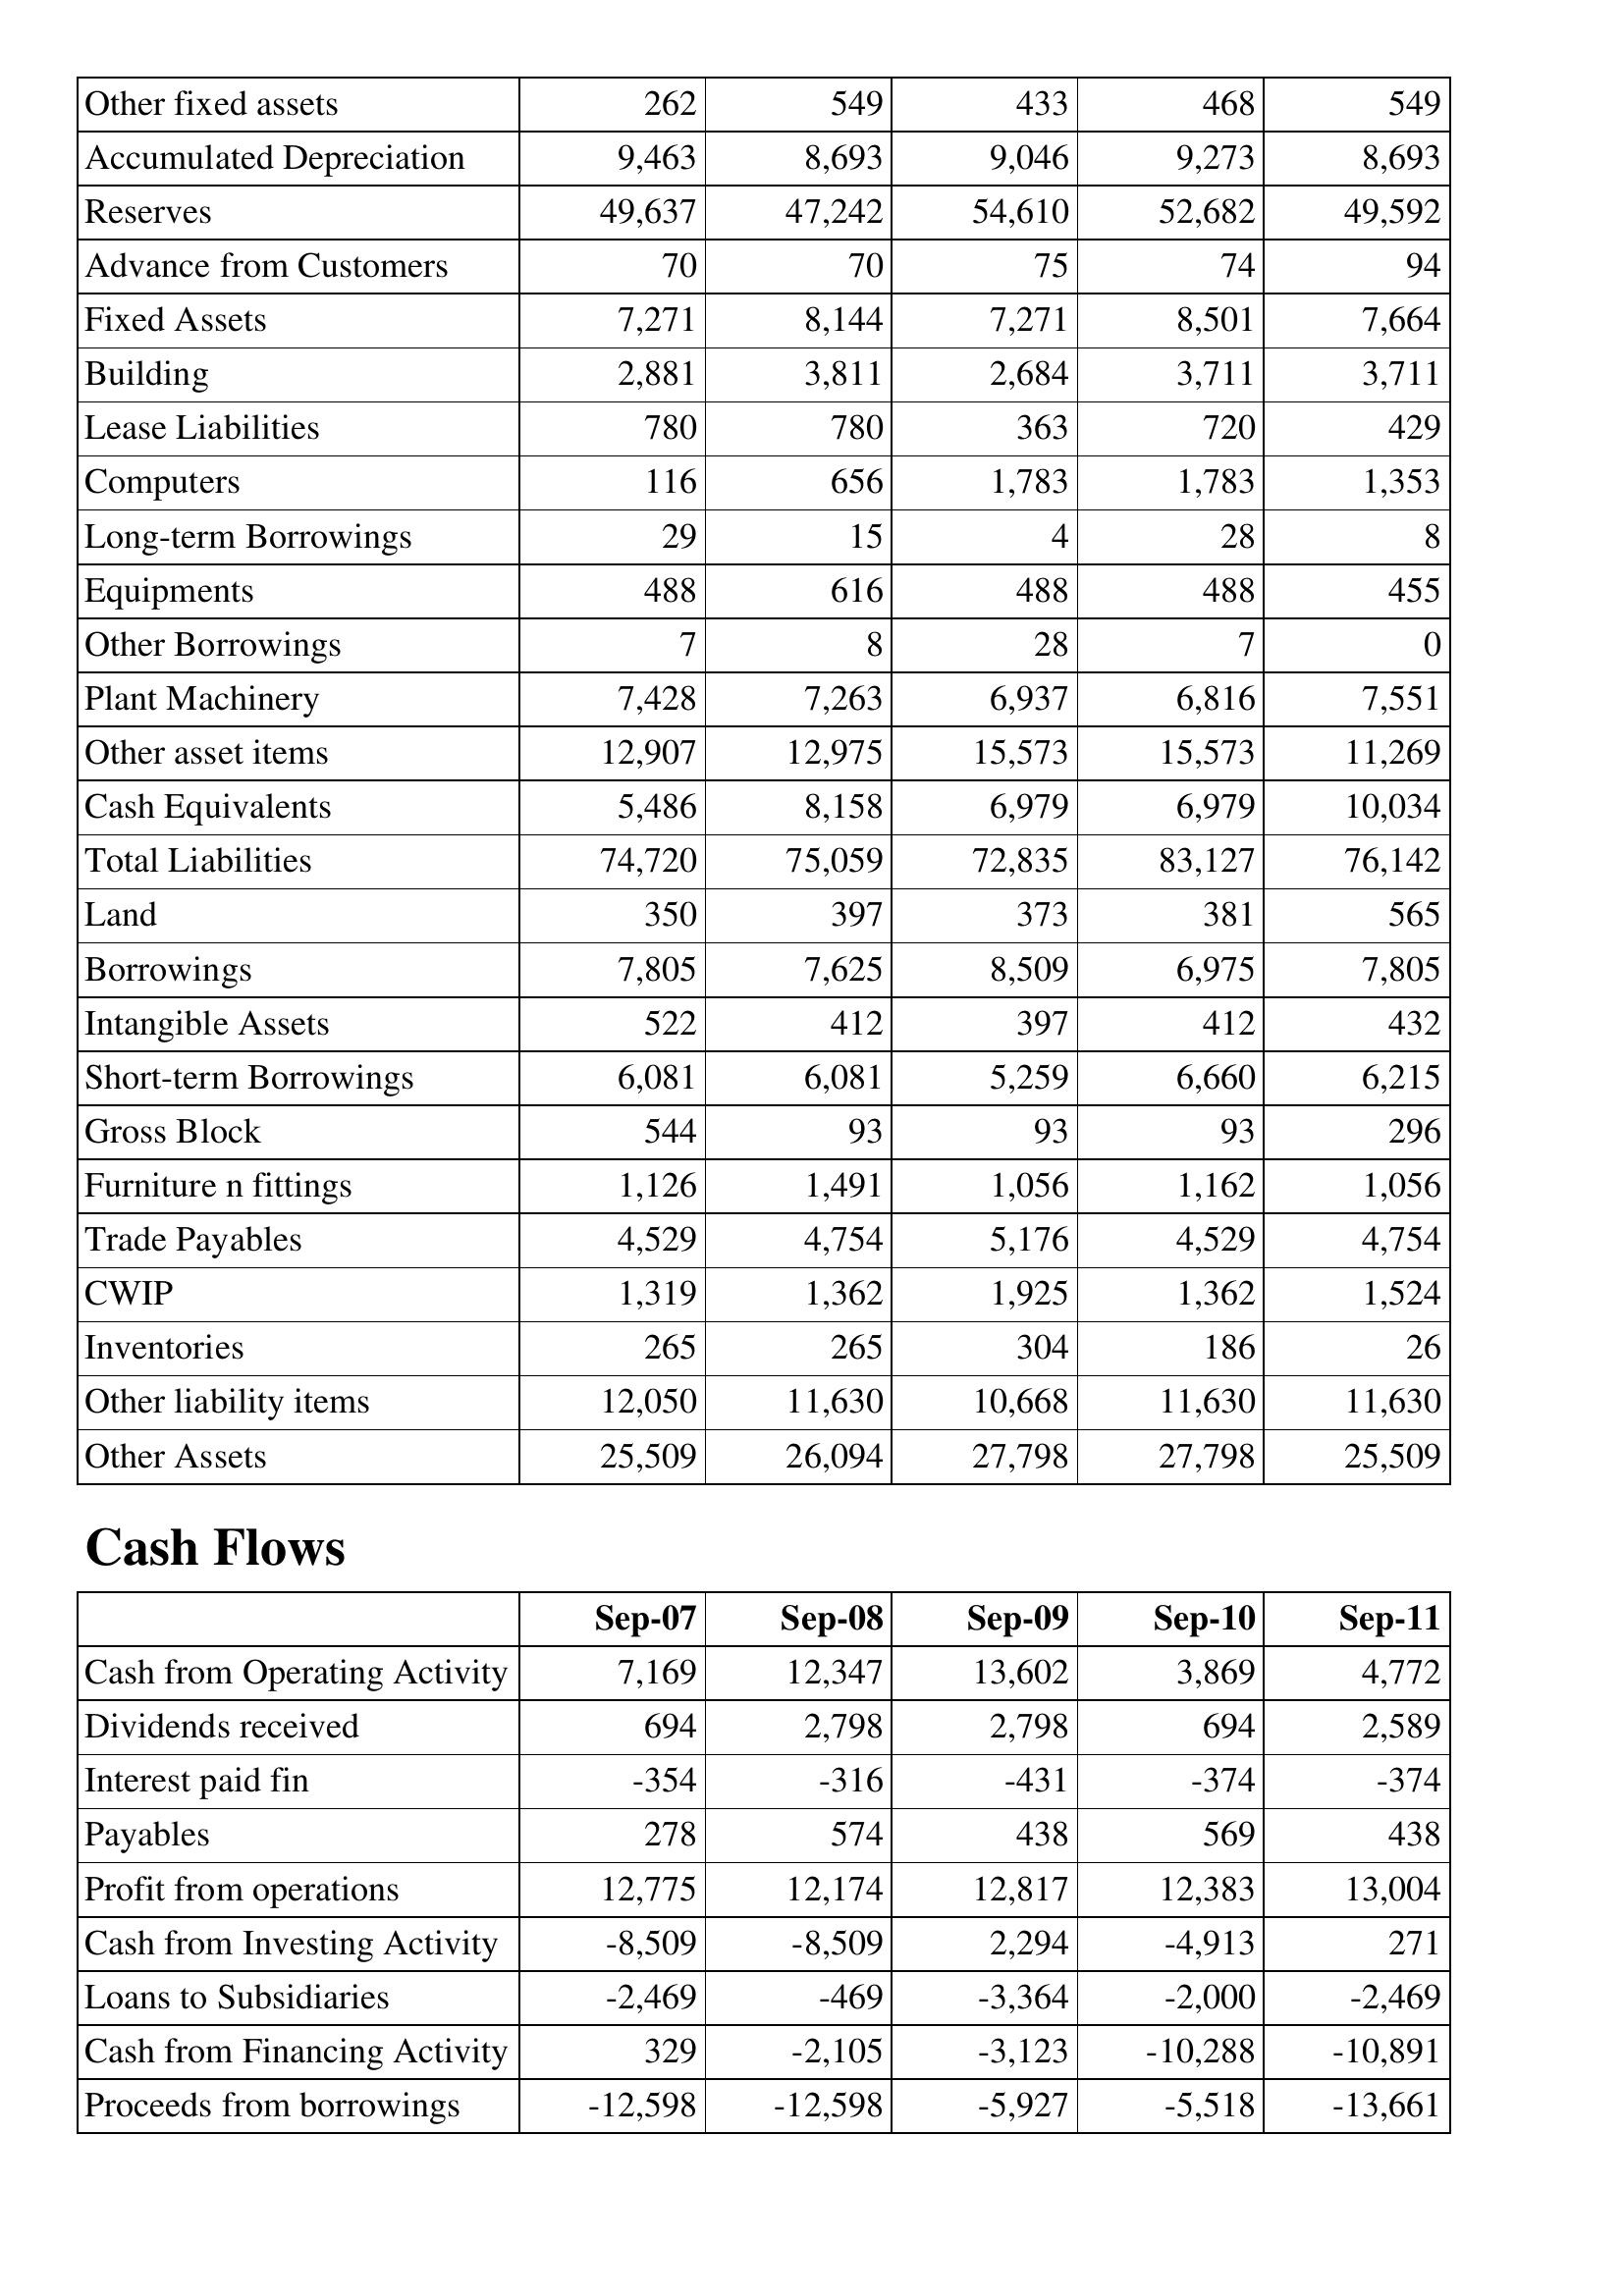
Sep-07: Balance Sheet: Other fixed assets: 262
Accumulated Depreciation: 9,463
Reserves: 49,637
Advance from Customers: 70
Fixed Assets: 7,271
Building: 2,881
Lease Liabilities: 780
Computers: 116
Long-term Borrowings: 29
Equipments: 488
Other Borrowings: 7
Plant Machinery: 7,428
Other asset items: 12,907
Cash Equivalents: 5,486
Total Liabilities: 74,720
Land: 350
Borrowings: 7,805
Intangible Assets: 522
Short-term Borrowings: 6,081
Gross Block: 544
Furniture n fittings: 1,126
Trade Payables: 4,529
CWIP: 1,319
Inventories: 265
Other liability items: 12,050
Other Assets: 25,509
Cash Flows: Cash from Operating Activity: 7,169
Dividends received: 694
Interest paid fin: -354
Payables: 278
Profit from operations: 12,775
Cash from Investing Activity: -8,509
Loans to Subsidiaries: -2,469
Cash from Financing Activity: 329
Proceeds from borrowings: -12,598
Sep-08: Balance Sheet: Other fixed assets: 549
Accumulated Depreciation: 8,693
Reserves: 47,242
Advance from Customers: 70
Fixed Assets: 8,144
Building: 3,811
Lease Liabilities: 780
Computers: 656
Long-term Borrowings: 15
Equipments: 616
Other Borrowings: 8
Plant Machinery: 7,263
Other asset items: 12,975
Cash Equivalents: 8,158
Total Liabilities: 75,059
Land: 397
Borrowings: 7,625
Intangible Assets: 412
Short-term Borrowings: 6,081
Gross Block: 93
Furniture n fittings: 1,491
Trade Payables: 4,754
CWIP: 1,362
Inventories: 265
Other liability items: 11,630
Other Assets: 26,094
Cash Flows: Cash from Operating Activity: 12,347
Dividends received: 2,798
Interest paid fin: -316
Payables: 574
Profit from operations: 12,174
Cash from Investing Activity: -8,509
Loans to Subsidiaries: -469
Cash from Financing Activity: -2,105
Proceeds from borrowings: -12,598
Sep-09: Balance Sheet: Other fixed assets: 433
Accumulated Depreciation: 9,046
Reserves: 54,610
Advance from Customers: 75
Fixed Assets: 7,271
Building: 2,684
Lease Liabilities: 363
Computers: 1,783
Long-term Borrowings: 4
Equipments: 488
Other Borrowings: 28
Plant Machinery: 6,937
Other asset items: 15,573
Cash Equivalents: 6,979
Total Liabilities: 72,835
Land: 373
Borrowings: 8,509
Intangible Assets: 397
Short-term Borrowings: 5,259
Gross Block: 93
Furniture n fittings: 1,056
Trade Payables: 5,176
CWIP: 1,925
Inventories: 304
Other liability items: 10,668
Other Assets: 27,798
Cash Flows: Cash from Operating Activity: 13,602
Dividends received: 2,798
Interest paid fin: -431
Payables: 438
Profit from operations: 12,817
Cash from Investing Activity: 2,294
Loans to Subsidiaries: -3,364
Cash from Financing Activity: -3,123
Proceeds from borrowings: -5,927
Sep-10: Balance Sheet: Other fixed assets: 468
Accumulated Depreciation: 9,273
Reserves: 52,682
Advance from Customers: 74
Fixed Assets: 8,501
Building: 3,711
Lease Liabilities: 720
Computers: 1,783
Long-term Borrowings: 28
Equipments: 488
Other Borrowings: 7
Plant Machinery: 6,816
Other asset items: 15,573
Cash Equivalents: 6,979
Total Liabilities: 83,127
Land: 381
Borrowings: 6,975
Intangible Assets: 412
Short-term Borrowings: 6,660
Gross Block: 93
Furniture n fittings: 1,162
Trade Payables: 4,529
CWIP: 1,362
Inventories: 186
Other liability items: 11,630
Other Assets: 27,798
Cash Flows: Cash from Operating Activity: 3,869
Dividends received: 694
Interest paid fin: -374
Payables: 569
Profit from operations: 12,383
Cash from Investing Activity: -4,913
Loans to Subsidiaries: -2,000
Cash from Financing Activity: -10,288
Proceeds from borrowings: -5,518
Sep-11: Balance Sheet: Other fixed assets: 549
Accumulated Depreciation: 8,693
Reserves: 49,592
Advance from Customers: 94
Fixed Assets: 7,664
Building: 3,711
Lease Liabilities: 429
Computers: 1,353
Long-term Borrowings: 8
Equipments: 455
Other Borrowings: 0
Plant Machinery: 7,551
Other asset items: 11,269
Cash Equivalents: 10,034
Total Liabilities: 76,142
Land: 565
Borrowings: 7,805
Intangible Assets: 432
Short-term Borrowings: 6,215
Gross Block: 296
Furniture n fittings: 1,056
Trade Payables: 4,754
CWIP: 1,524
Inventories: 26
Other liability items: 11,630
Other Assets: 25,509
Cash Flows: Cash from Operating Activity: 4,772
Dividends received: 2,589
Interest paid fin: -374
Payables: 438
Profit from operations: 13,004
Cash from Investing Activity: 271
Loans to Subsidiaries: -2,469
Cash from Financing Activity: -10,891
Proceeds from borrowings: -13,661